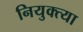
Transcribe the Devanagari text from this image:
नियुक्त्या